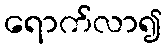
ရောက်လာ၍